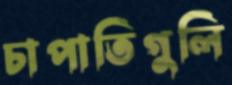
চাপাতিগুলি